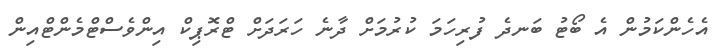
އެހެންކަމުން އެ ބޯޓު ބަނދެ ފުރިހަމަ ކުރުމަށް ދާނެ ހަރަދަށް ޓްރޮޕިކް އިންވެސްޓްމެންޓްއިން